system: You are a helpful assistant.
user:
Analyze the provided spectrum to determine if it is a **M-type Giant (gM)**.

A M-type Giant spectrum is defined by its **strong molecular absorption** features, particularly from **Titanium Oxide (TiO)**. You must check for one of the following mutually exclusive signatures:

- **Key Visual Indicators (Absorption-Dominated Spectrum):**

    - **(Primary):** The spectrum is dominated by strong molecular absorption from **Titanium Oxide (TiO)**. This is the **defining feature** of its M-type temperature class.
        - **(Key Bandheads):** Look for sharp, "saw-tooth" absorption valleys. The strongest are located near **~7050 Å**, **~6160 Å**, and **~5170 Å**.
        - **(Line Profile):** The "saw-tooth" morphology is critical: a **sharp, steep drop on the BLUE (short-wavelength) side** of the bandhead, followed by a gradual recovery (rising flux) towards the RED (long-wavelength) side.

    - **(Key Confirmation - Giant vs. Dwarf):** **ABSENCE** of strong **Calcium Hydride (CaH)** molecular bands. This is the primary diagnostic for *excluding* M-dwarfs.
        - **(Key Region):** The spectrum should lack the strong, broad absorption band seen in dwarfs between **~6800 Å and ~7000 Å**.

    - **(Secondary Confirmation - Giant):** A very strong and broad **Neutral Calcium (Ca I)** atomic absorption line.
        - **(Key Line):** Located at **~4226 Å**. In a giant (gM), this line is significantly deeper and broader than the same line in an M-dwarf (dM) due to low surface gravity.

    - **(Overall Spectrum):**
        - The continuum is **extremely red-sloping** (i.e., flux is very low in the blue and rises dramatically towards the red).
        - The entire spectrum appears "chopped up" by the deep TiO bands.

Think first, call **spectral_visualization_tool** if needed to examine features in detail, then provide your final answer. Your response must adhere to the following strict rules:
1.  **Overall Structure:** Your response must follow the format `<think>...</think> <tool_call>...</tool_call> (if a tool is used) <answer>...</answer>`.
2.  **Tool Usage Constraint:** You may only make **one** tool call per turn.
3.  **Final Answer Format:** In the `<answer>` tag, your conclusion must be inside a `\boxed{}` command (e.g., `\boxed{YES}` or `\boxed{NO}`), followed by your justification.

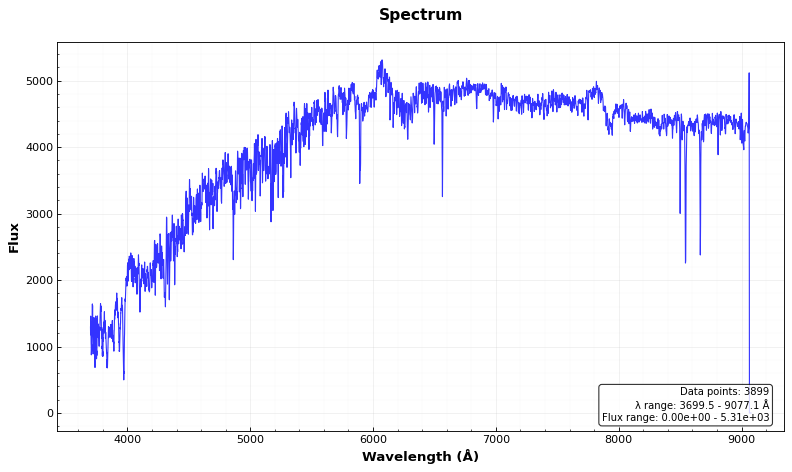
Answer: NO